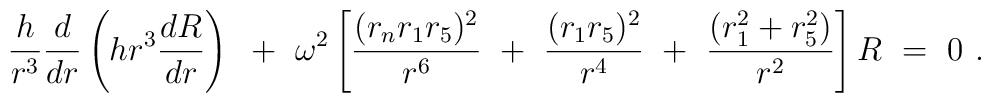
{h \over r^{3}}{d \over dr}\left( hr^{3}{dR \over dr}\right)~+~\omega^{2} \left[ {(r_{n}r_{1}r_{5})^{2} \over r^{6}}~+~{(r_{1}r_{5})^{2} \over r^{4}}~+~{(r_{1}^{2}+r_{5}^{2}) \over r^{2}}\right]R~=~0~.